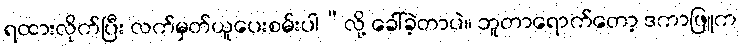
ရထားလိုက်ပြီး လက်မှတ်ယူပေးစမ်းပါ”လို့ ခေါ်ခဲ့တာပဲ။ ဘူတာရောက်တော့ ဒကာဖြူက